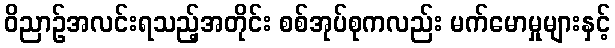
ဝိညာဉ်အလင်းရသည့်အတိုင်း စစ်အုပ်စုကလည်း မက်မောမှုများနှင့်